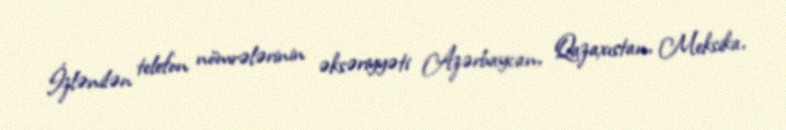
İzlənilən telefon nömrələrinin əksəriyyəti Azərbaycan, Qazaxıstan, Meksika,